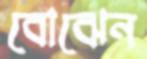
বোঝেন